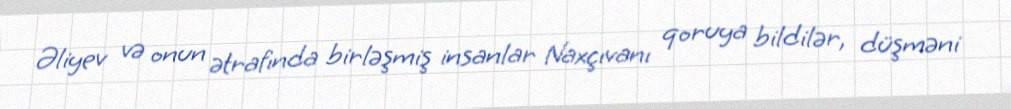
Əliyev və onun ətrafında birləşmiş insanlar Naxçıvanı qoruya bildilər, düşməni